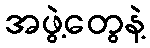
အဖွဲ့တွေနဲ့